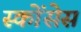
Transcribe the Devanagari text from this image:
स्कोंसेस